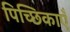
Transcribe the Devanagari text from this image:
पिच्छिकाएँ